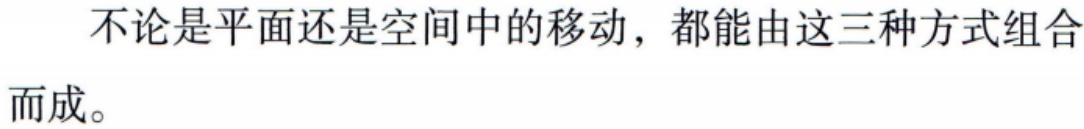
不论是平面还是空间中的移动，都能由这三种方式组合而成。